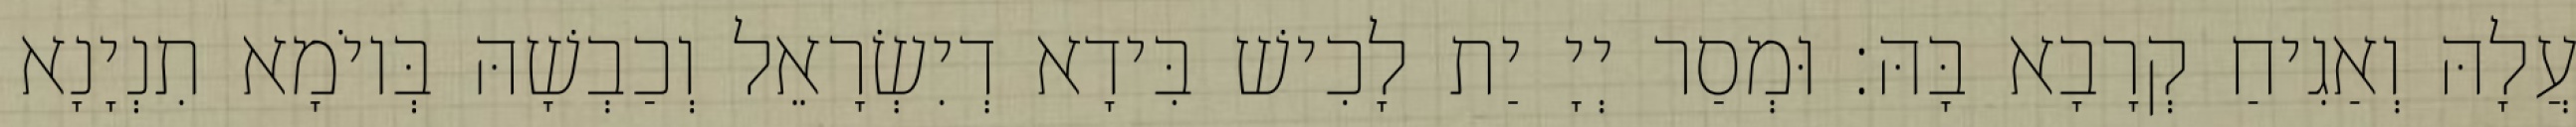
עֲלָהּ וְאַגִיחַ קְרָבָא בָּהּ׃ וּמְסַר יְיָ יַת לָכִישׁ בִּידָא דְיִשְׂרָאֵל וְכַבְשָׁהּ בְּיוֹמָא תִנְיָנָא